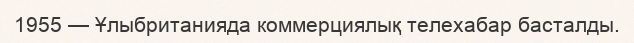
1955 — Ұлыбританияда коммерциялық телехабар басталды.